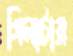
গিলাটার